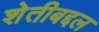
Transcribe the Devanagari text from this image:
शेतीबद्दल